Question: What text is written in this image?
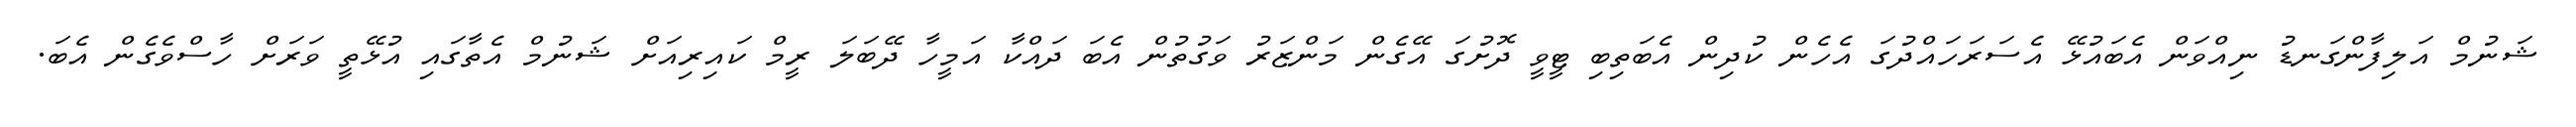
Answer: ޝަނުމް އަލިފާންގަނޑު ނިއްވަން އެބައުޅޭ އެސަރަހައްދުގަ އެހެން ކުދިން އެބަތިބި ޓީވީ ދޮށުގަ އޭގެން މަންޒަރު ވަގުތުން އެބަ ދައްކާ އަމީހާ ދޭބަލަ ރީމް ކައިރިއަށް ޝަނުމް އެތާގައި އުޅޭތީ ވަރަށް ހާސްވެގެން އެބަ.